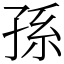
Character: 孫